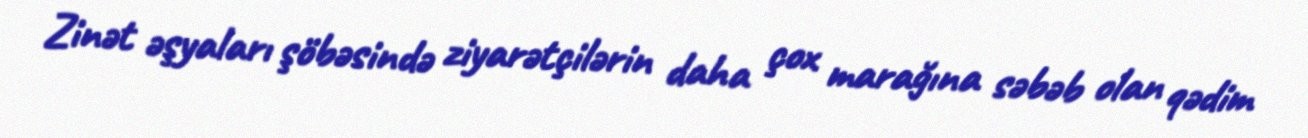
Zinət əşyaları şöbəsində ziyarətçilərin daha çox marağına səbəb olan qədim